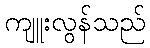
ကျူးလွန်သည်